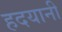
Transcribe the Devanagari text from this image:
हदयानी